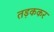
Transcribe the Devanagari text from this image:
तड़ककर